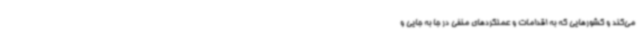
می‌کند و کشورهایی که به اقدامات و عملکردهای منفی در جا به جایی و